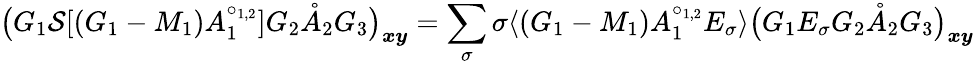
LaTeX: \big(G_{1}\mathcal{S}[(G_{1}-M_{1})A_{1}^{\circ_{1,2}}]G_{2}\mathring{A}_{2}G_{3}\big)_{\boldsymbol{x}\boldsymbol{y}}=\sum_{\sigma}\sigma\langle(G_{1}-M_{1})A_{1}^{\circ_{1,2}}E_{\sigma}\rangle\big(G_{1}E_{\sigma}G_{2}\mathring{A}_{2}G_{3}\big)_{\boldsymbol{x}\boldsymbol{y}}